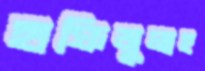
হাফিজুলাহ